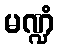
မဏ္ဍံ